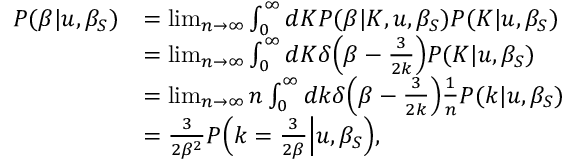
\begin{array} { r l } { P ( \beta | u , \beta _ { S } ) } & { = \operatorname* { l i m } _ { n \rightarrow \infty } \int _ { 0 } ^ { \infty } d K P ( \beta | K , u , \beta _ { S } ) P ( K | u , \beta _ { S } ) } \\ & { = \operatorname* { l i m } _ { n \rightarrow \infty } \int _ { 0 } ^ { \infty } d K \delta \Big ( \beta - \frac { 3 } { 2 k } \Big ) P ( K | u , \beta _ { S } ) } \\ & { = \operatorname* { l i m } _ { n \rightarrow \infty } n \int _ { 0 } ^ { \infty } d k \delta \Big ( \beta - \frac { 3 } { 2 k } \Big ) \frac { 1 } { n } P ( k | u , \beta _ { S } ) } \\ & { = \frac { 3 } { 2 \beta ^ { 2 } } P \Big ( k = \frac { 3 } { 2 \beta } \Big | u , \beta _ { S } \Big ) , } \end{array}